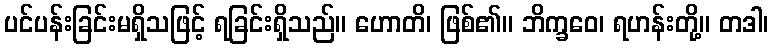
ပင်ပန်းခြင်းမရှိသဖြင့် ရခြင်းရှိသည်။ ဟောတိ၊ ဖြစ်၏။ ဘိက္ခဝေ၊ ရဟန်းတို့။ တဒါ၊